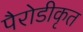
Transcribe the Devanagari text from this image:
पैरोडीकृत